Scottish Leaving Certificate Examination, 1951
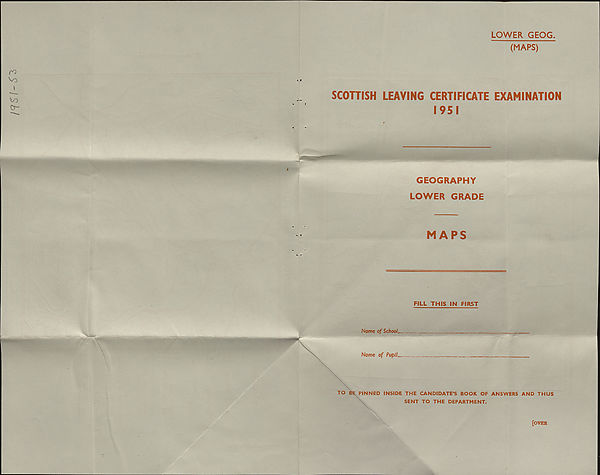
2
CONTOUR
MAP
OF
A
REGION
4
o
- 8
at n~
u
CO o
■vj
‘TJ O)
o
o'*.
c>
-lo
LU
(C33095) 3,275+2+1,025 + 220+142 2/51